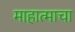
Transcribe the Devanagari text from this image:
माहात्माचा